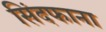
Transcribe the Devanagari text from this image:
सिंदफाना